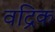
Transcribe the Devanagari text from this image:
वद्रिक